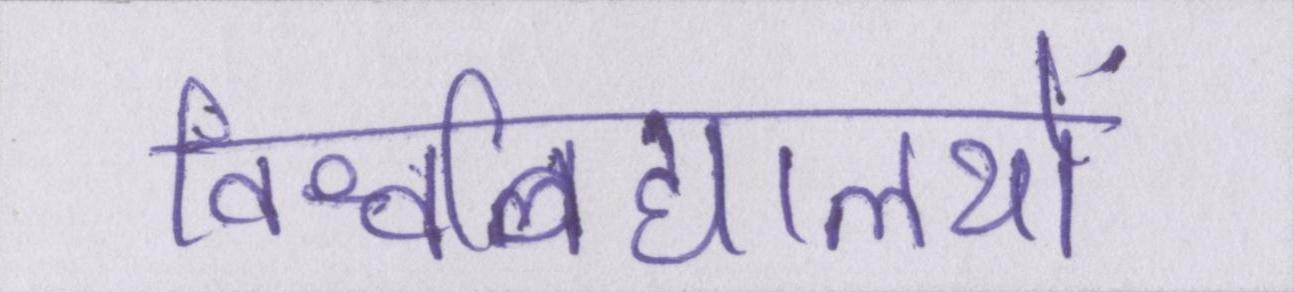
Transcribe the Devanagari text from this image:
विश्वविद्यालयों